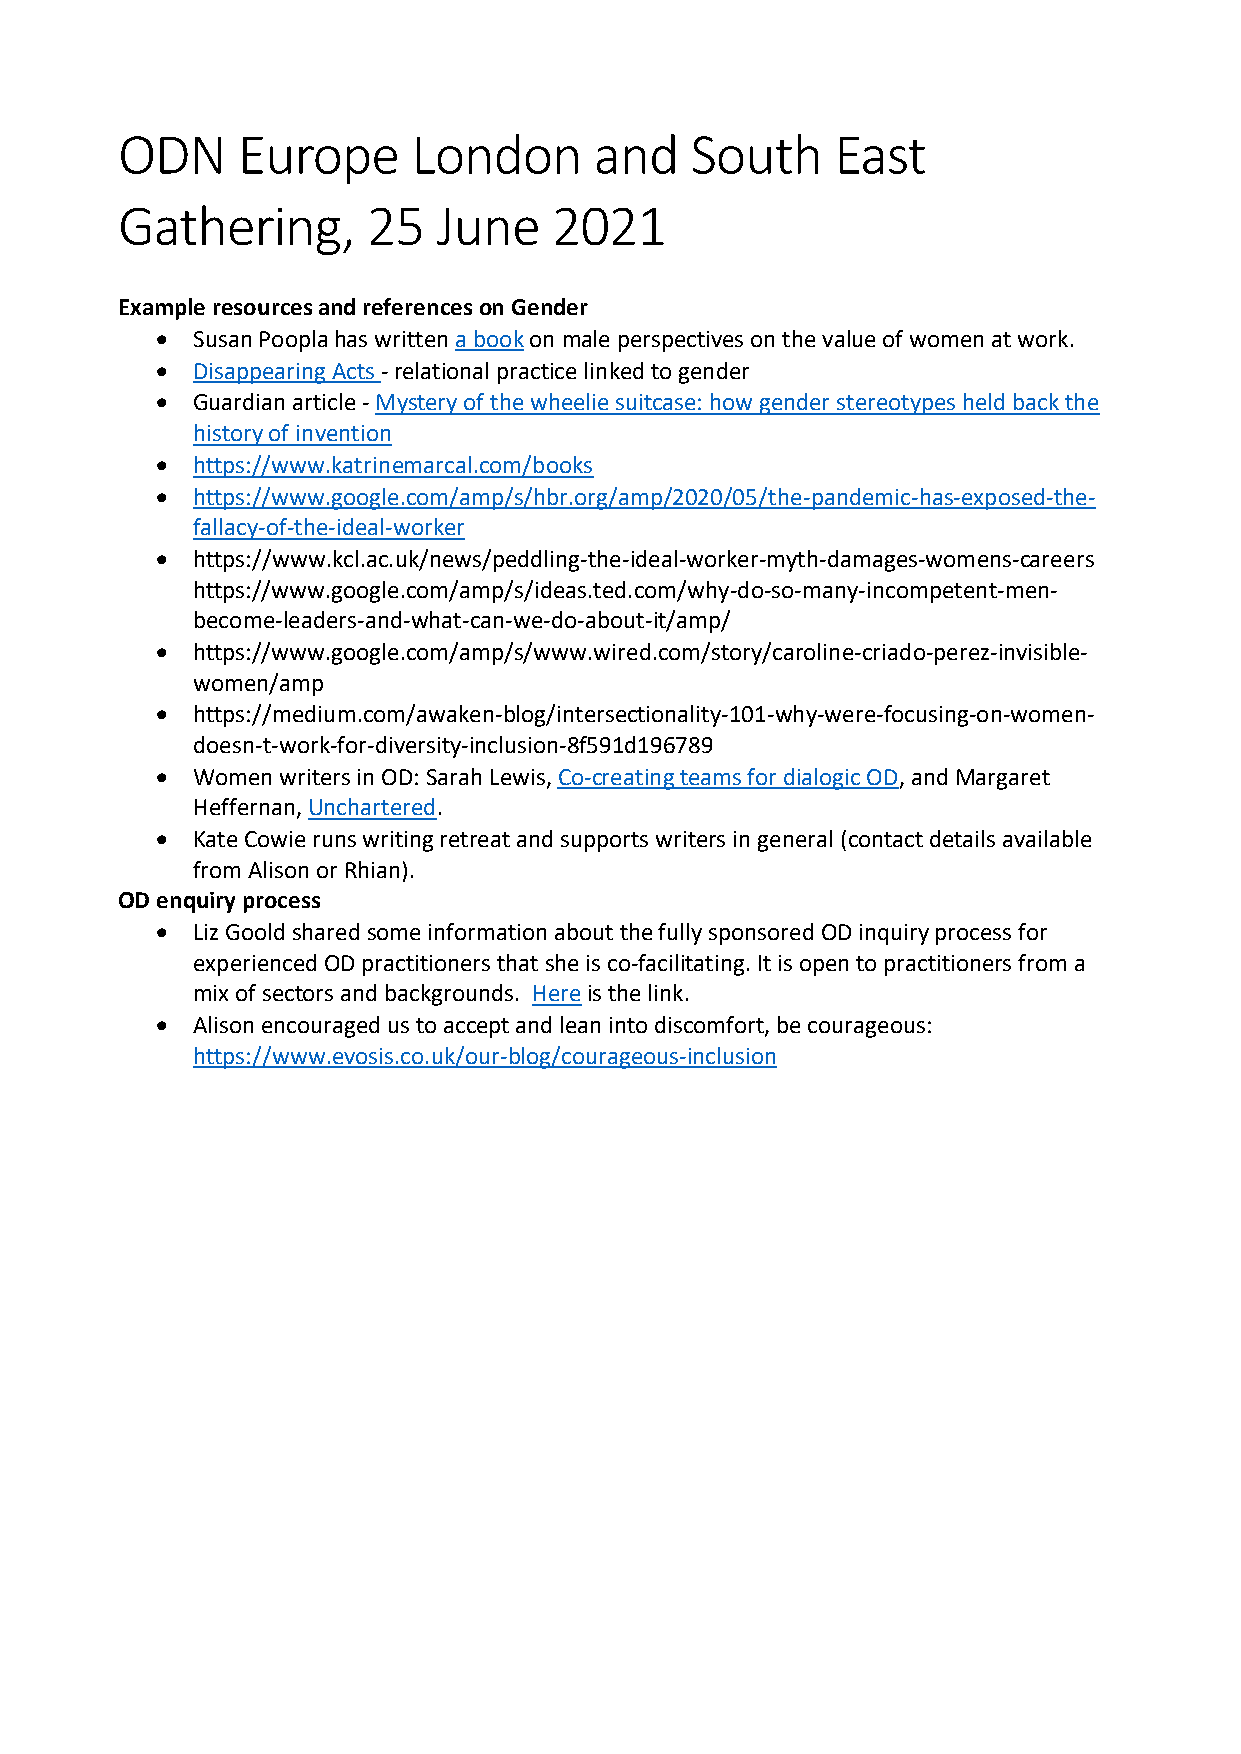
ODN     Europe     London      and    South    East
 Gathering,      25   June    2021
 Example resources and references on Gender
 •  Susan Poopla has written a book on male perspectives on the value of women at work.
 •  Disappearing Acts - relational practice linked to gender
 •  Guardian article - Mystery of the wheelie suitcase: how gender stereotypes held back the
 history of invention
 •  https://www.katrinemarcal.com/books
 •  https://www.google.com/amp/s/hbr.org/amp/2020/05/the-pandemic-has-exposed-the-
 fallacy-of-the-ideal-worker
 •  https://www.kcl.ac.uk/news/peddling-the-ideal-worker-myth-damages-womens-careers
 https://www.google.com/amp/s/ideas.ted.com/why-do-so-many-incompetent-men-
 become-leaders-and-what-can-we-do-about-it/amp/
 •  https://www.google.com/amp/s/www.wired.com/story/caroline-criado-perez-invisible-
 women/amp
 •  https://medium.com/awaken-blog/intersectionality-101-why-were-focusing-on-women-
 doesn-t-work-for-diversity-inclusion-8f591d196789
 •  Women writers in OD: Sarah Lewis, Co-creating teams for dialogic OD, and Margaret
 Heffernan, Unchartered.
 •  Kate Cowie runs writing retreat and supports writers in general (contact details available
 from Alison or Rhian).
 OD enquiry process
 •  Liz Goold shared some information about the fully sponsored OD inquiry process for
 experienced OD practitioners that she is co-facilitating. It is open to practitioners from a
 mix of sectors and backgrounds. Here is the link.
 •  Alison encouraged us to accept and lean into discomfort, be courageous:
 https://www.evosis.co.uk/our-blog/courageous-inclusion